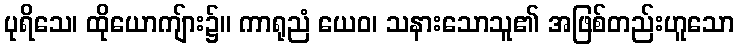
ပုရိသေ၊ ထိုယောကျ်ား၌။ ကာရုညံ ယေဝ၊ သနားသောသူ၏ အဖြစ်တည်းဟူသော